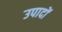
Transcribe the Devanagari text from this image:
उपादों